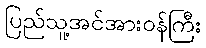
ပြည်သူ့အင်အားဝန်ကြီး